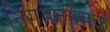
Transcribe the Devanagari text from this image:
निगमनात्‍मक